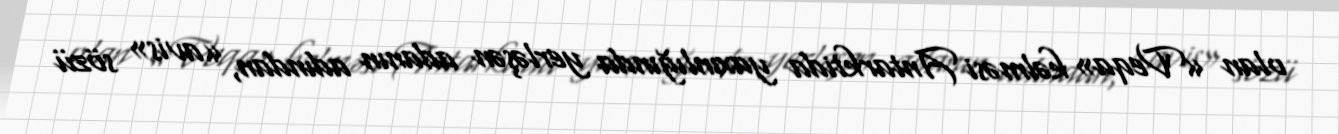
olan «Veqa» kəlməsi Antarktida yaxınlığında yerləşən adanın adından, «avis» sözü